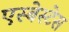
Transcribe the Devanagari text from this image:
एस्बेस्टेस